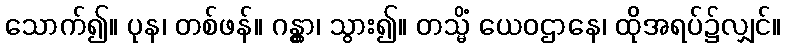
သောက်၍။ ပုန၊ တစ်ဖန်။ ဂန္တွာ၊ သွား၍။ တသ္မိံ ယေဝဌာနေ၊ ထိုအရပ်၌လျှင်။